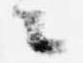
々